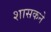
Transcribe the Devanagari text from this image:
शासकने